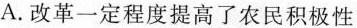
A.改革一定程度提高了农民积极性